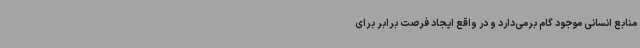
منابع انسانی موجود گام برمی‌دارد و در واقع ایجاد فرصت برابر برای